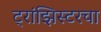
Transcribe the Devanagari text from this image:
ट्रांझिस्टरचा